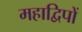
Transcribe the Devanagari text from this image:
महाद्विपों